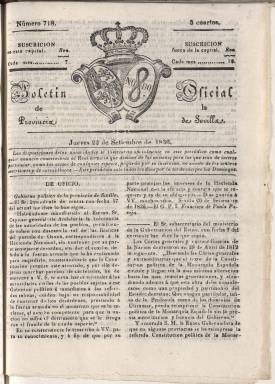
Título: Boletín oficial de la provincia de Sevilla
Colección: Gacetas
Ámbito geográfico: Sevilla
Lugar de publicación: Sevilla
Fechas: 22/09/1836-17/10/1836